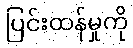
ပြင်းထန်မှုကို